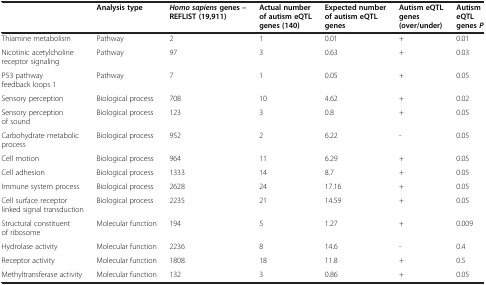
|  | Analysis type | Homo sapiensgenes – REFLIST (19,911) | Actual number of autism eQTL genes (140) | Expected number of autism eQTL genes | Autism eQTL genes (over/under) | Autism eQTL genesP |
 | --- | --- | --- | --- | --- | --- | --- |
 | Thiamine metabolism | Pathway | 2 | 1 | 0.01 | + | 0.01 |
 | Nicotinic acetylcholine receptor signaling | Pathway | 97 | 3 | 0.63 | + | 0.03 |
 | P53 pathway feedback loops 1 | Pathway | 7 | 1 | 0.05 | + | 0.05 |
 | Sensory perception | Biological process | 708 | 10 | 4.62 | + | 0.02 |
 | Sensory perception of sound | Biological process | 123 | 3 | 0.8 | + | 0.05 |
 | Carbohydrate metabolic process | Biological process | 952 | 2 | 6.22 | - | 0.05 |
 | Cell motion | Biological process | 964 | 11 | 6.29 | + | 0.05 |
 | Cell adhesion | Biological process | 1333 | 14 | 8.7 | + | 0.05 |
 | Immune system process | Biological process | 2628 | 24 | 17.16 | + | 0.05 |
 | Cell surface receptor linked signal transduction | Biological process | 2235 | 21 | 14.59 | + | 0.05 |
 | Structural constituent of ribosome | Molecular function | 194 | 5 | 1.27 | + | 0.009 |
 | Hydrolase activity | Molecular function | 2236 | 8 | 14.6 | - | 0.4 |
 | Receptor activity | Molecular function | 1808 | 18 | 11.8 | + | 0.5 |
 | Methyltransferase activity | Molecular function | 132 | 3 | 0.86 | + | 0.05 |